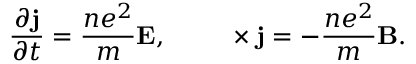
{ \frac { \partial \mathbf { j } } { \partial t } } = { \frac { n e ^ { 2 } } { m } } \mathbf { E } , \qquad \mathbf { \nabla } \times \mathbf { j } = - { \frac { n e ^ { 2 } } { m } } \mathbf { B } .